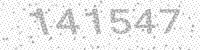
Solution: 141547